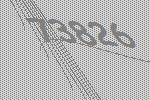
73826